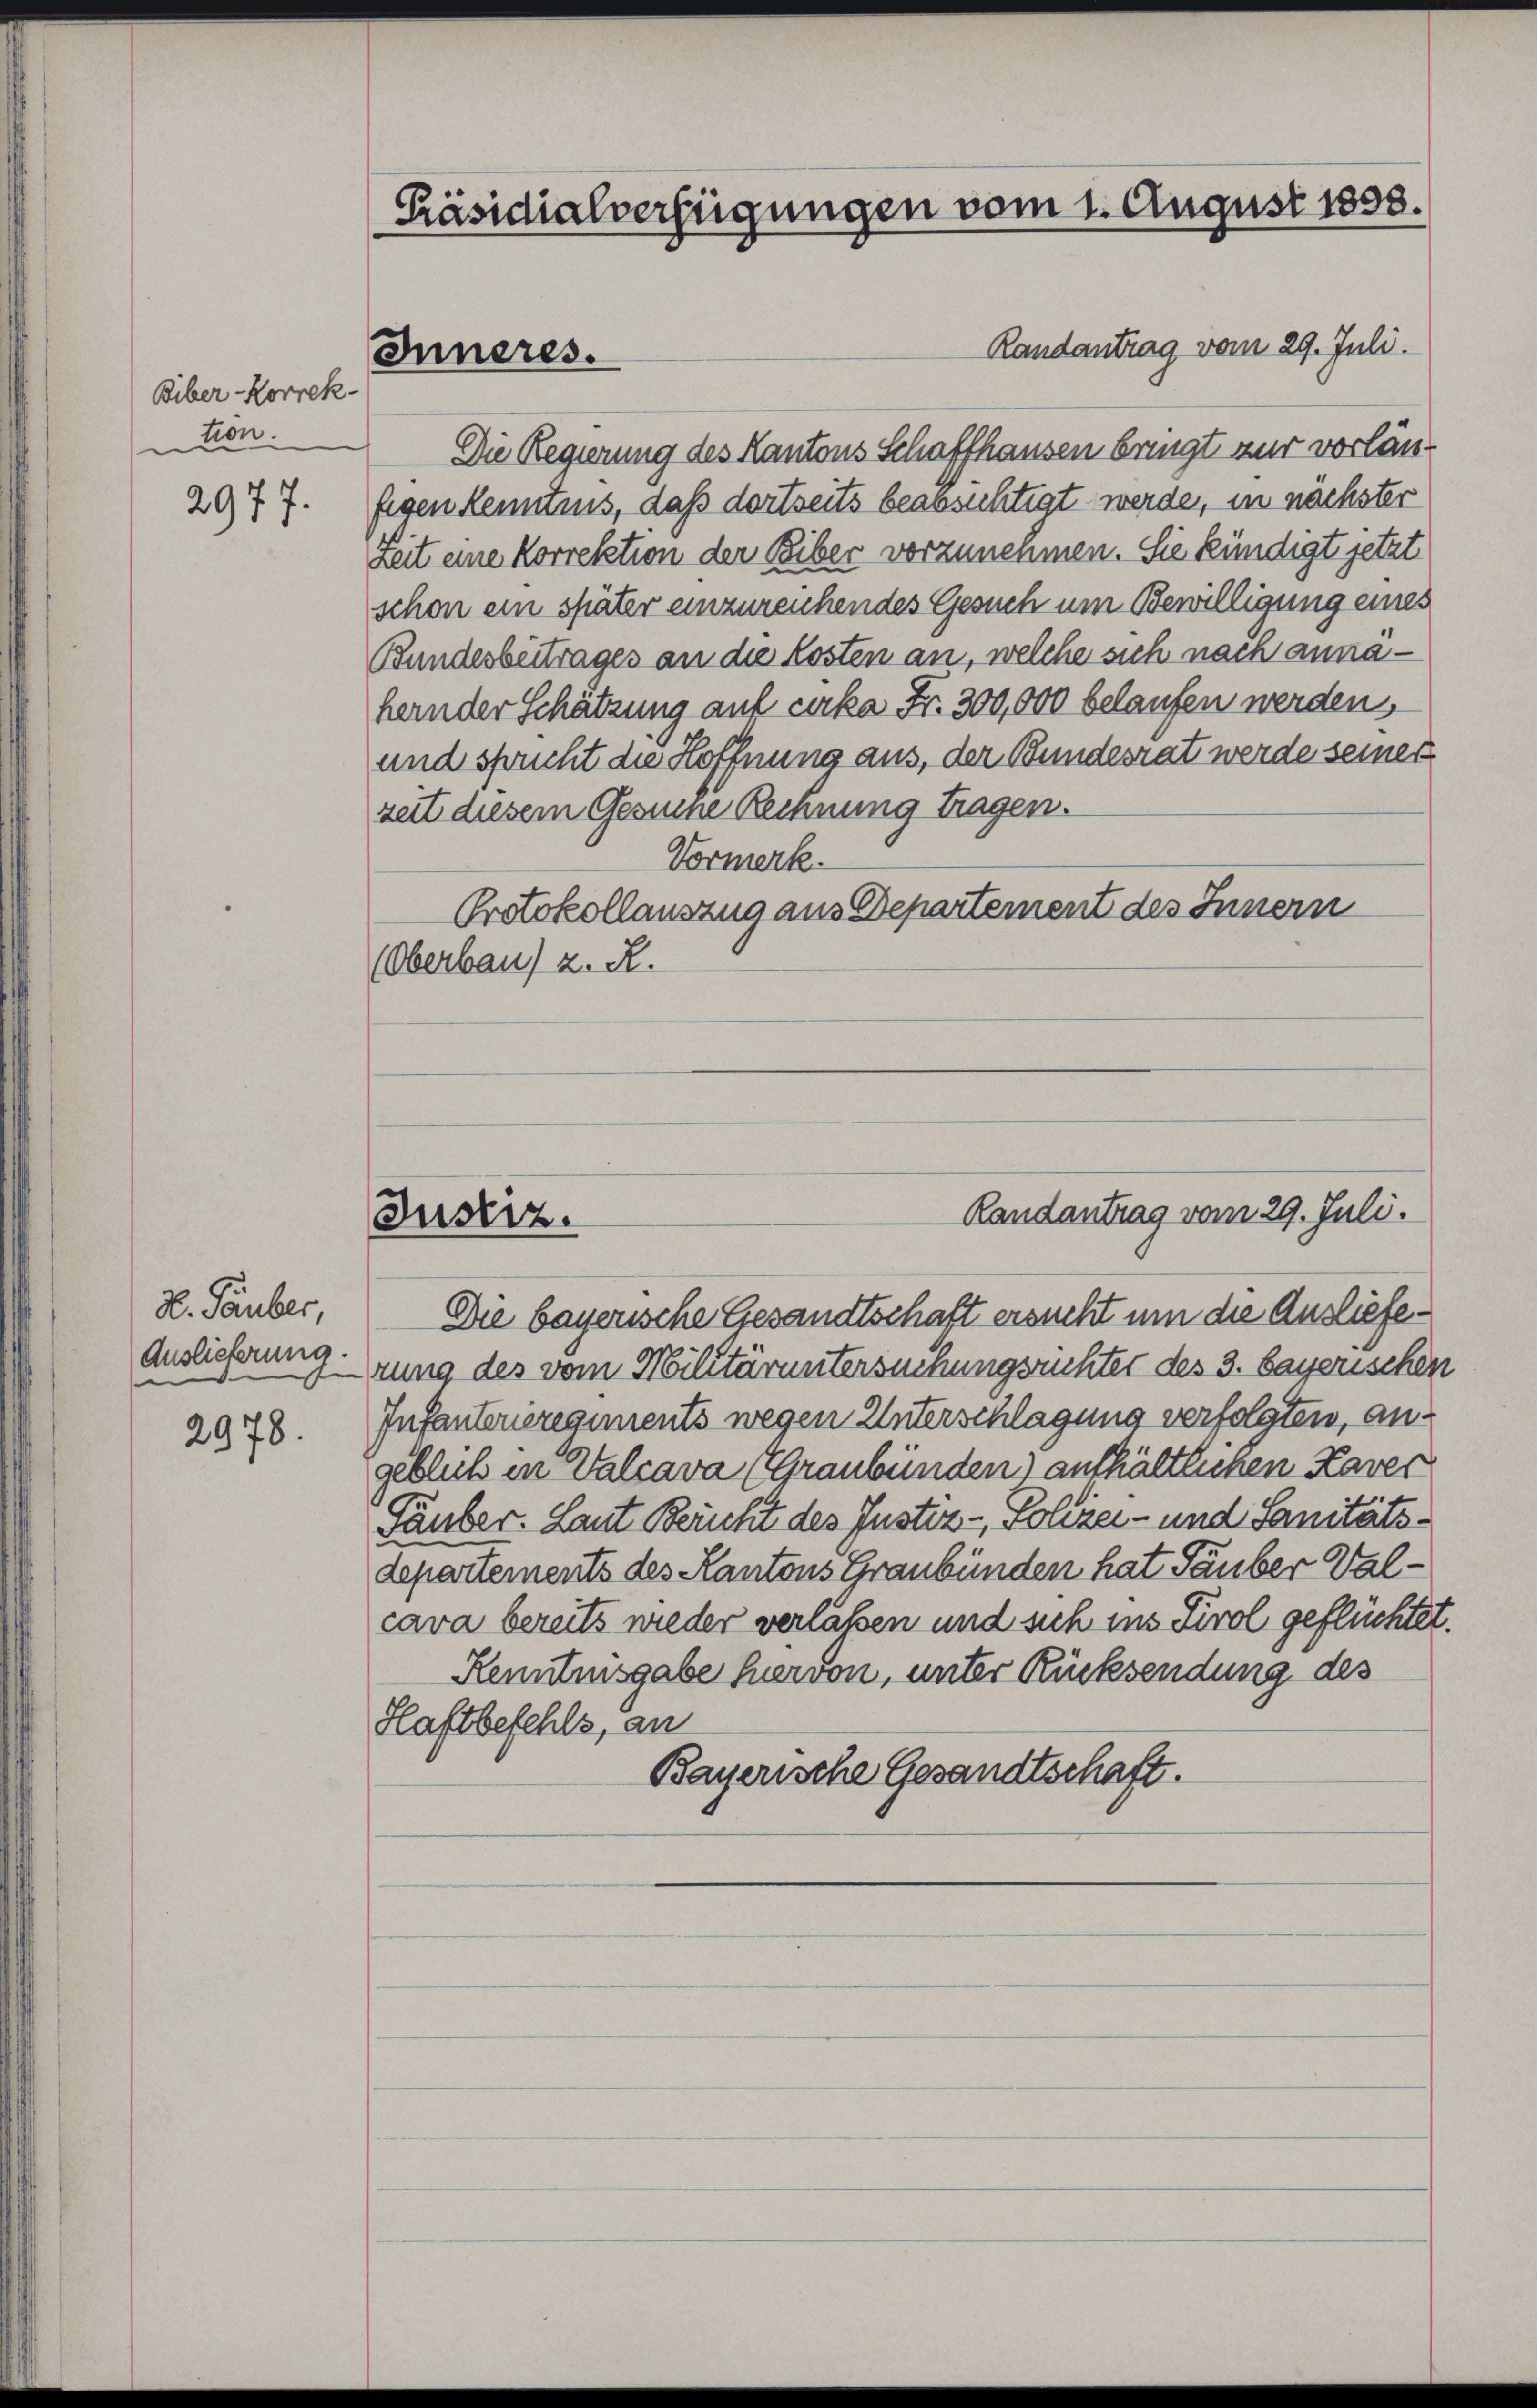
Biber-Korrek-
ton.

2977.

H. Tauber,
Auslieferung.

2978.

Präsidialverfügungen vom 1. August 1858.

Inneres.

Randantrag vom 29. Juli.
Die Regierung des Kantons Schaffhausen bringt nur vorlänfigen Kenntnis, daß dortseits beabsichtigt werde, in nächster
Zeit eine Korrektion der Biber vorzunemmen. Sie kündigt jetzt
schon ein später einzureichendes Gesuch um Bewilligung eines
Bundesbeitrages an die Kosten an, welche sich nach annahernder Schätzung auf cirka Fr. 300,000 belaufen werden,
und spricht die Hoffnung aus, der Bundesrat werde seiner
seit diesem Gesuche Rechnung tragen.
Vormerk.
Protokollauszug aus Departement des Innern
(Oberbau) z. R.

Justiz.

Randantrag vom 29. Juli.

Die bayerische Gesandtschaft ersucht um die Auslieferung des vom Militäruntersuchungsrichter des 3. bayerischen
Infanterieregiments wegen Unterschlagung verfolgten, angeblich in Walcava (Graubünden) enthältlichen Kaver
Täuber. Laut Bericht des Justiz - Polizei- und Sanitätsdepartements des Kantons Graubünden hat Säuber Valcava bereits wieder verlassen und sich ins Tirol geflüchtet.
Kenntnisgabe hervon, unter Rücksendung des
Haftbefehls, an
Bayerische Gesandtschaft.